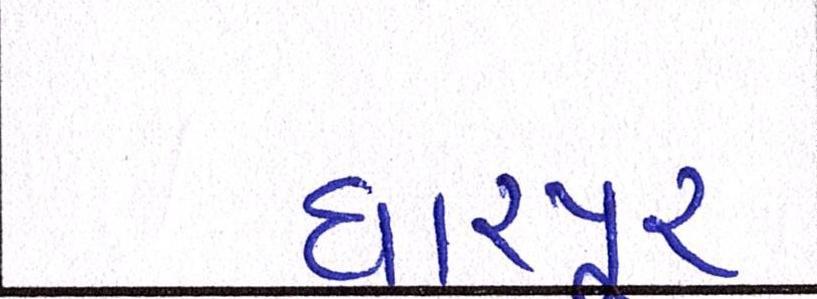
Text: ધારપુર